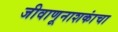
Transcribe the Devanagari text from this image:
जीवाणूनाशकांचा